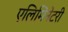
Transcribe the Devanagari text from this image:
एलिमिनेटरी